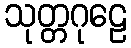
သုတ္တဂုဠေ